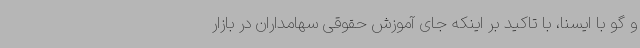
و گو با ایسنا، با تاکید بر اینکه جای آموزش حقوقی سهامداران در بازار